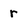
Character: r